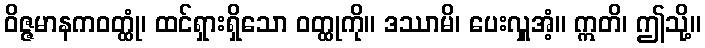
ဝိဇ္ဇမာနကဝတ္ထုံ၊ ထင်ရှားရှိသော ဝတ္ထုကို။ ဒဿာမိ၊ ပေးလှူအံ့။ ဣတိ၊ ဤသို့။